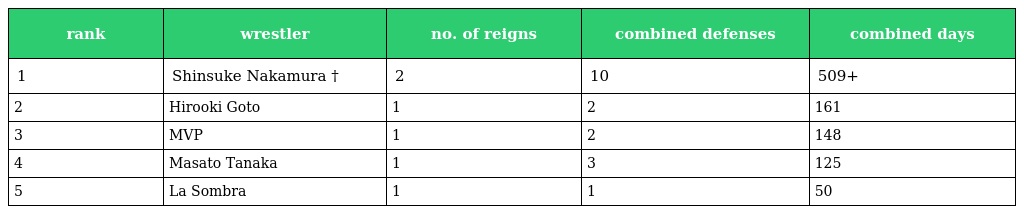
| rank | wrestler | no. of reigns | combined defenses | combined days |
 | --- | --- | --- | --- | --- |
 | 1 | Shinsuke Nakamura † | 2 | 10 | 509+ |
 | 2 | Hirooki Goto | 1 | 2 | 161 |
 | 3 | MVP | 1 | 2 | 148 |
 | 4 | Masato Tanaka | 1 | 3 | 125 |
 | 5 | La Sombra | 1 | 1 | 50 |